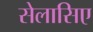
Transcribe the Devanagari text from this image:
सेलासिए